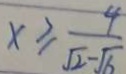
x \geq \frac { 4 } { \sqrt { 2 } - \sqrt { 6 } }